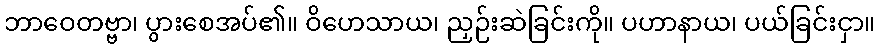
ဘာဝေတဗ္ဗာ၊ ပွားစေအပ်၏။ ဝိဟေသာယ၊ ညှဉ်းဆဲခြင်းကို။ ပဟာနာယ၊ ပယ်ခြင်းငှာ။